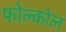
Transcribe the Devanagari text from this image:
फोल्कोल